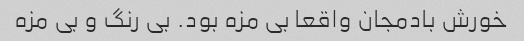
خورش بادمجان واقعا بی مزه بود. بی رنگ و بی مزه